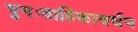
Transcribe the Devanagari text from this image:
पुनःवाहिकावर्धन